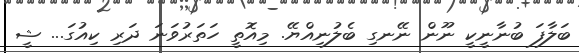
ބަލާފަ ބުނާނީކީ ނޫން ނޭނގި ބެލުނިއްޔޭ. މިއޮތީ ހަތަރުވަނަ ދަރި ކިއުގަ... ޝީ